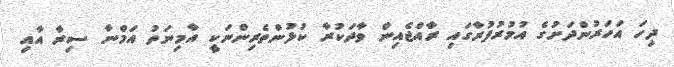
ދިހަ އަހަރުންދަށުގެ އުމުރުފުރާގައި ރާއްޖެއިން ވާދަކުރާ ކުޅުންތެރިންނަކީ އާމިނަތު އަމްނާ ސިރާ އާއި